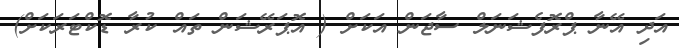
އަދި އޭނާ ޕްރޮފެޝަނަލް ސާޖަން އަކަށް ( އޮޕަރޭޝަން ތައް ކުރާ ޑޮކްޓަރަކަށް)